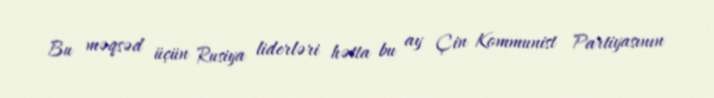
Bu məqsəd üçün Rusiya liderləri hətta bu ay Çin Kommunist Partiyasının